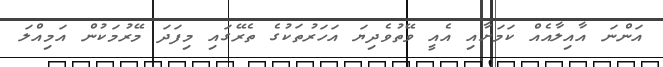
އަންނަ އާއިލާއެއް ކަމަށާއި އެއީ ވޭތުވެދިޔަ އަހަރުތަކުގެ ތެރޭގައި މިފަދަ މޭރުމަކުން އަމިއްލަ